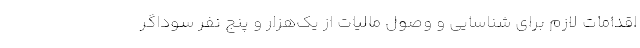
اقدامات لازم برای شناسایی و وصول مالیات از یک‌هزار و پنج نفر سوداگر